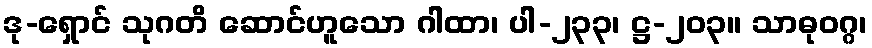
ဒု-ရှောင် သုဂတိ ဆောင်ဟူသော ဂါထာ၊ ပါ-၂၃၃၊ ဋ္ဌ-၂၀၃။ သာဓုဝဂ္ဂ၊